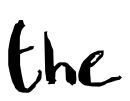
Text: the
Cross-out: clean
Writing tool: digital_black